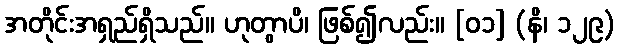
အတိုင်းအရှည်ရှိသည်။ ဟုတွာပိ၊ ဖြစ်၍လည်း။ [၀၁] (နိ၊ ၁၂၉)